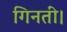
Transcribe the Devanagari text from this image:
गिनतीं।